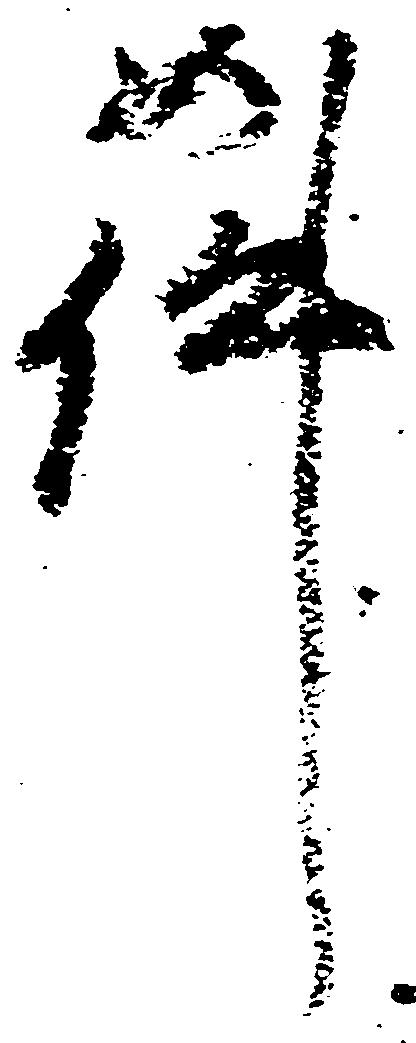
件